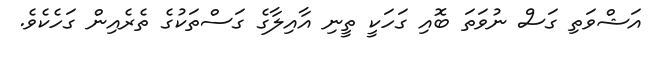
އަޝްވަތި ގަސް ނުވަތަ ބޮއި ގަހަކީ ތީނި އާއިލާގެ ގަސްތަކުގެ ތެރެއިން ގަހެކެވެ.